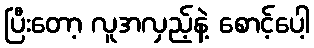
ပြီးတော့ လူအလှည့်နဲ့ စောင့်ပေါ့